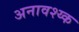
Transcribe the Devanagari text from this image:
अनावश्य्क